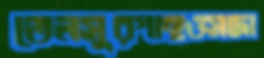
তেলসুরগাছওসাদা